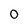
Character: 0